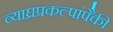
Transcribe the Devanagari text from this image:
व्याघ्रप्रकल्पांपैकी